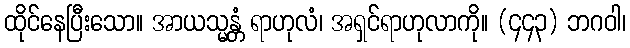
ထိုင်နေပြီးသော။ အာယသ္မန္တံ ရာဟုလံ၊ အရှင်ရာဟုလာကို။ (၄၄၃) ဘဂဝါ၊